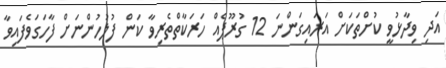
އަދި ވިދާޅުވީ ކުށްތަކަށް އަރައިގަންނަ 12 ގުރޫޕެއްް ހަރަކާތްތެރިވާ ކަން ފުލުހުންނަށް ފާހަގަވެފައިވާ